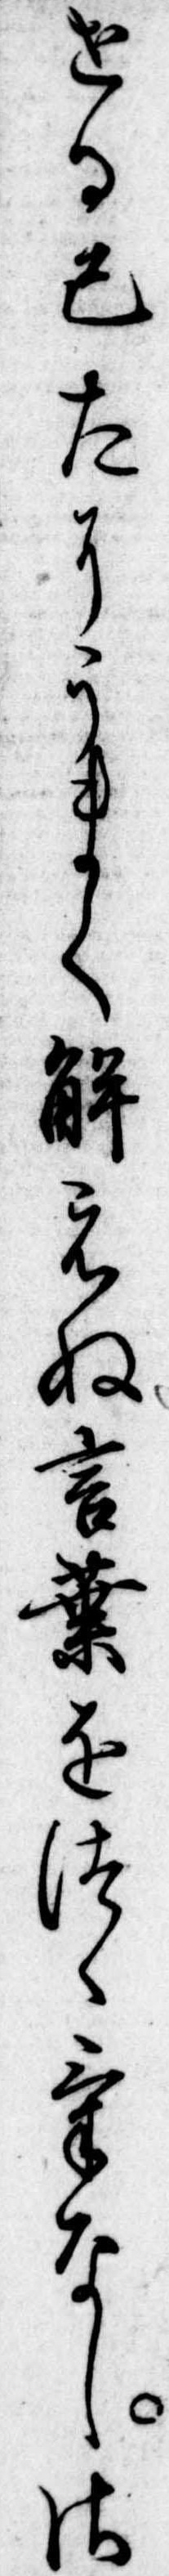
せる己たにうまく解えぬ言葉をつゝけなしさ